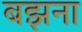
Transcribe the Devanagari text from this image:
बझना